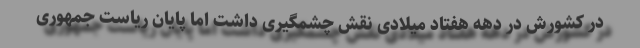
در کشورش در دهه‌ هفتاد میلادی نقش چشمگیری داشت اما پایان ریاست جمهوری